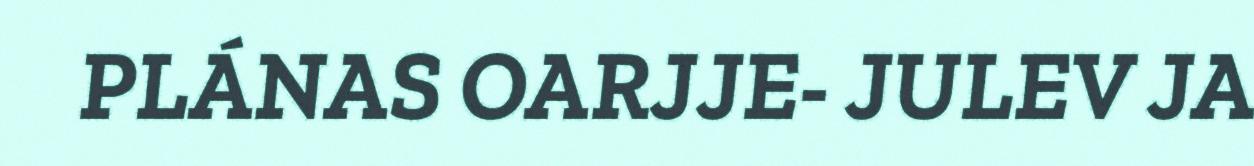
PLÁNAS OARJJE- JULEV JA